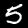
Label: 5